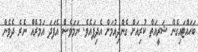
ބަހައްޓައިގެން ޝަރީއަތް ކުރިއަށް ގެންދިއުމަށް އެދިފައެވެ. ނަމަވެސް އެފަދަ އަމުރެއް ނެރެ ދެވެން